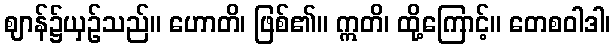
ဈာန်၌ယှဉ်သည်။ ဟောတိ၊ ဖြစ်၏။ ဣတိ၊ ထို့ကြောင့်။ တေစဝါဒါ၊